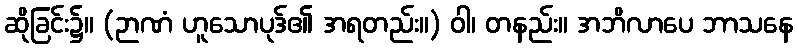
ဆိုခြင်း၌။ (ဉာဏံ ဟူသောပုဒ်၏ အရတည်း။) ဝါ၊ တနည်း။ အဘိလာပေ ဘာသနေ